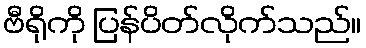
ဗီရိုကို ပြန်ပိတ်လိုက်သည်။